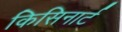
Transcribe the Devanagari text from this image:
किसिनार्ट